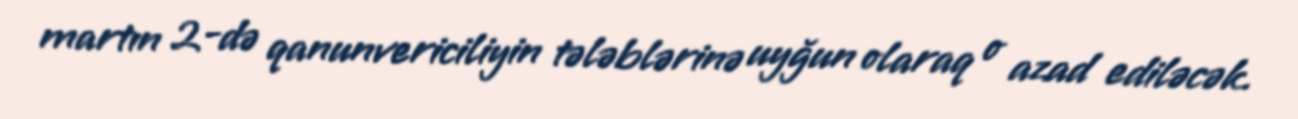
martın 2-də qanunvericiliyin tələblərinə uyğun olaraq o azad ediləcək.